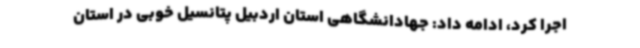
اجرا کرد، ادامه داد: جهادانشگاهی استان اردبیل پتانسیل خوبی در استان